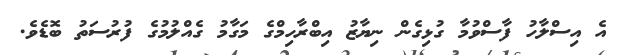
އެ އިސްލާހު ފާސްވުމާ ގުޅިގެން ނިޔާޒު އިބްރާހިމްގެ މަގާމު ގެއްލުމުގެ ފުރުސަތު ބޮޑެވެ.